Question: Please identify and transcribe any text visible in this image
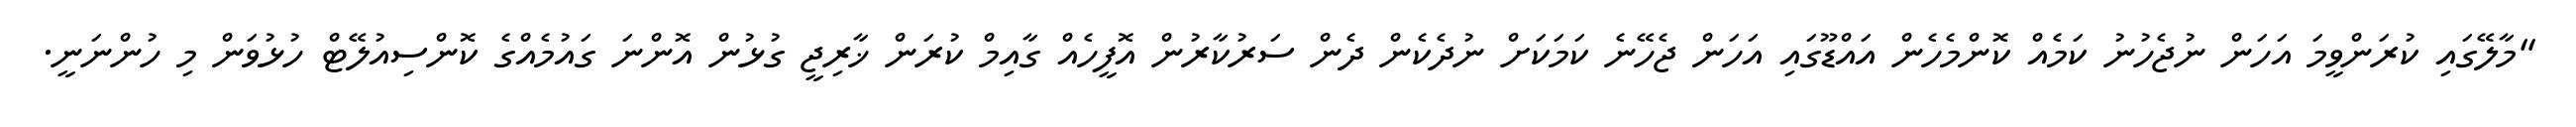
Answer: "މާލޭގައި ކުރަންވީމަ އަހަން ނުޖެހުނު ކަމެއް ކޮންމެހެން އައްޑޫގައި އަހަން ޖެހޭނެ ކަމަކަށް ނުދެކެން ދެން ސަރުކާރުން އޮފީހެއް ގާއިމް ކުރަން ޚާރިޖީ ގުޅުން އޮންނަ ގައުމެއްގެ ކޮންސިއުލޭޓް ހުޅުވަން މި ހުންނަނީ.